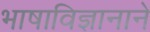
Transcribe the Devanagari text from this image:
भाषाविज्ञानाने